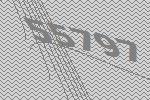
55797